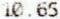
10.65